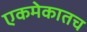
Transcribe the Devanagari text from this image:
एकमेकातच